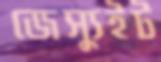
জেস্যুইট